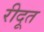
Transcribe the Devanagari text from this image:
रीदूत